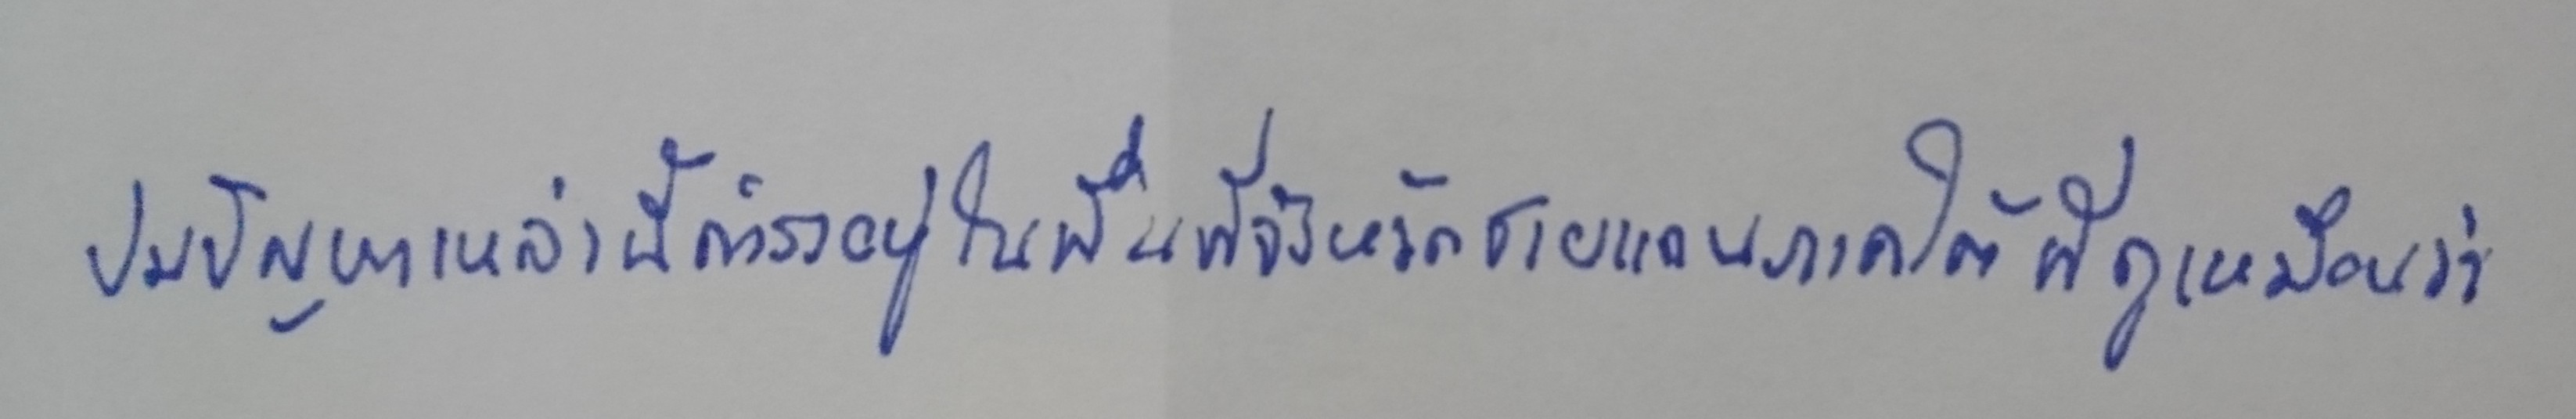
ปมปัญหาเหล่านี้ดำรงอยู่ในพื้นที่จังหวัดชายแดนภาคใต้ที่ดูเหมือนว่า